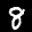
Label: 8